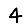
Digit: 4